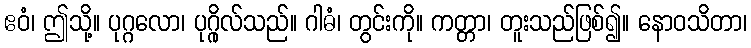
ဧဝံ၊ ဤသို့။ ပုဂ္ဂလော၊ ပုဂ္ဂိုလ်သည်။ ဂါဓံ၊ တွင်းကို။ ကတ္တာ၊ တူးသည်ဖြစ်၍။ နောဝသိတာ၊